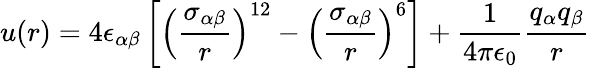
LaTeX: u(r)=4\epsilon_{\alpha\beta}\left[\left(\frac{\sigma_{\alpha\beta}}{r}\right)^{12}-\left(\frac{\sigma_{\alpha\beta}}{r}\right)^{6}\right]+\frac{1}{4\pi\epsilon_{0}}\frac{q_{\alpha}q_{\beta}}{r}